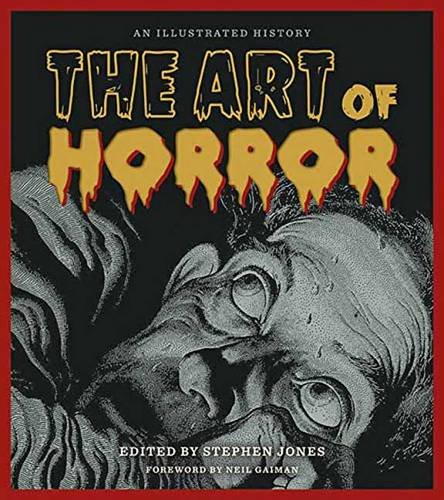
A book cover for The Art of Horror: An Illustrated History; Humor & Entertainment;